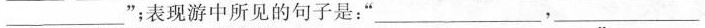
__”；表现游中所见的句子是：”___，__